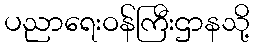
ပညာရေးဝန်ကြီးဌာနသို့